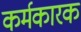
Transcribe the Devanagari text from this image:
कर्मकारक